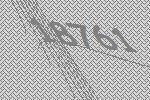
18761